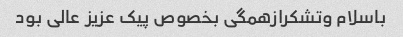
باسلام وتشکرازهمگی بخصوص پیک عزیز عالی بود